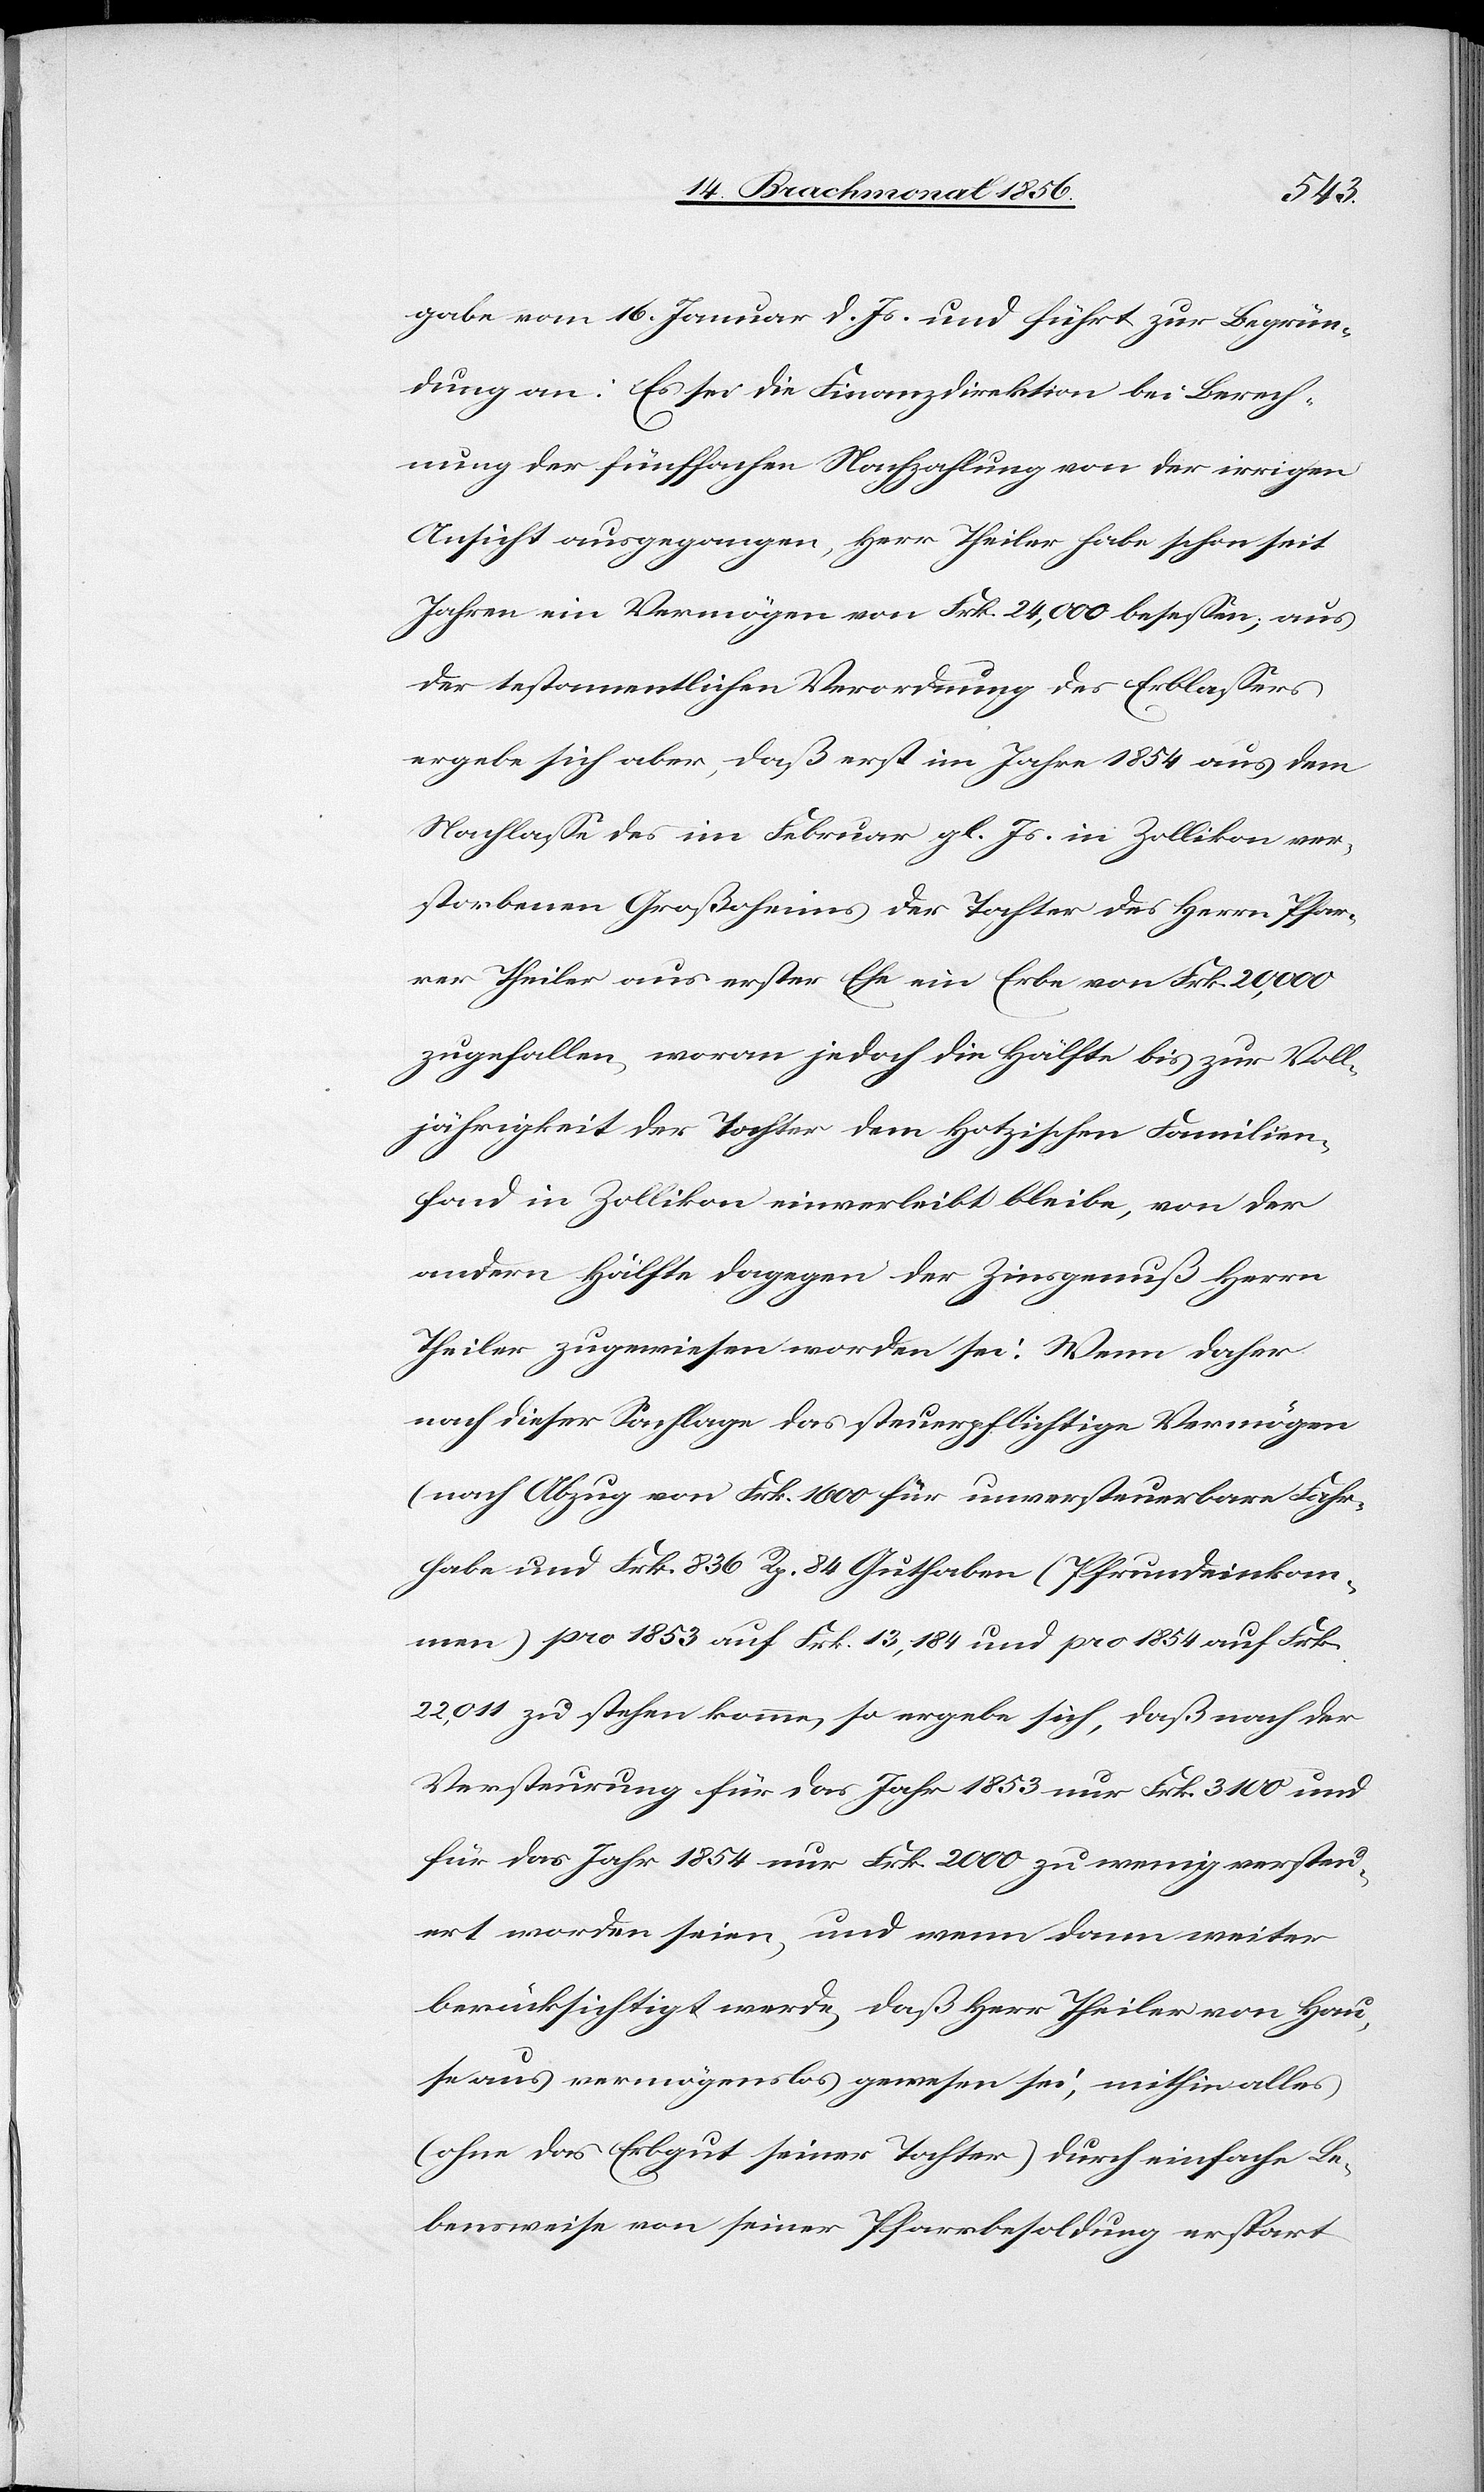
gabe vom 16. Januar d. Js. und führt zur Begrün¬
dung an: Es sei die Finanzdirektion bei Berech¬
nung der fünffachen Nachzahlung von der irrigen
Ansicht ausgegangen, Herr Theiler habe schon seit
Jahren ein Vermögen von Frk. 24,000 besessen; aus
der testamentlichen Verordnung des Erblassers
ergebe sich aber, daß erst im Jahre 1854 aus dem
Nachlasse des im Februar gl. Js. in Zollikon ver¬
storbenen Großoheims der Tochter des Herrn Pfar¬
rer Theiler aus erster Ehe ein Erbe von Frk. 20,000
zugefallen, woran jedoch die Hälfte bis zur Voll¬
jährigkeit der Tochter dem Hotzischen Familien¬
fond in Zollikon einverleibt bleibe, von der
andern Hälfte dagegen der Zinsgenuß Herrn
Theiler zugewiesen worden sei. Wenn daher
nach dieser Sachlage das steuerpflichtige Vermögen
(nach Abzug von Frk. 1600 für unversteuerbare Fahr¬
habe und Frk. 836 Rp. 84 Guthaben (Pfrundeinkom¬
men) pro 1853 auf Frk. 13,184 und pro 1854 auf Frk.
22,011 zu stehen komme, so ergebe sich, daß nach der
Versteurung für das Jahr 1853 nur Frk. 3100 und
für das Jahr 1854 nur Frk. 2000 zu wenig versteu¬
ert worden seien, und wenn dann weiter
berücksichtigt werde, daß Herr Theiler von Hau¬
se aus vermögenslos gewesen sei, mithin alles
(ohne das Erbgut seiner Tochter) durch einfache Le¬
bensweise von seiner Pfarrbesoldung erspart